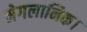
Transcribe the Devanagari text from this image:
मेगलानिक।